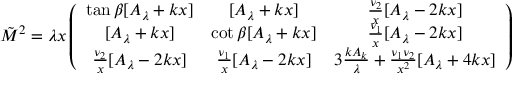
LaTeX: \tilde { M } ^ { 2 } = \lambda x \left( \begin{array} { c c c } { { \tan \beta [ A _ { \lambda } + k x ] } } & { { [ A _ { \lambda } + k x ] } } & { { \frac { \nu _ { 2 } } { x } [ A _ { \lambda } - 2 k x ] } } \\ { { \mathrm { } [ A _ { \lambda } + k x ] } } & { { \cot \beta [ A _ { \lambda } + k x ] } } & { { \frac { \nu _ { 1 } } { x } [ A _ { \lambda } - 2 k x ] } } \\ { { \frac { \nu _ { 2 } } { x } [ A _ { \lambda } - 2 k x ] } } & { { \frac { \nu _ { 1 } } { x } [ A _ { \lambda } - 2 k x ] } } & { { 3 \frac { k A _ { k } } { \lambda } + \frac { \nu _ { 1 } \nu _ { 2 } } { x ^ { 2 } } [ A _ { \lambda } + 4 k x ] } } \end{array} \right)